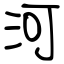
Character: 河